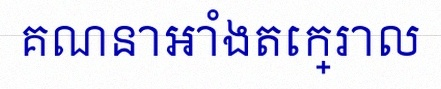
គណនាអាំងតេក្រាល